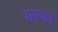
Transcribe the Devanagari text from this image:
अण्णने